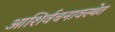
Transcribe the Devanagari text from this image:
आशिर्वचनावस्थेत